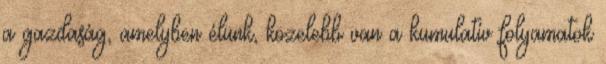
a gazdaság, amelyben élünk, közelebb van a kumulatív folyamatok